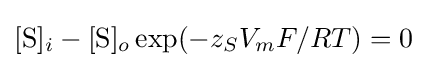
[{\mbox{S}}]_{i}-[{\mbox{S}}]_{o}\exp(-z_{S}V_{m}F/RT)=0